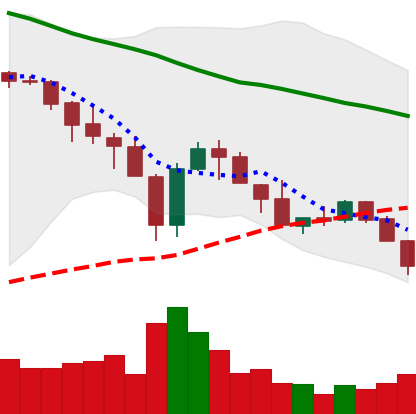
Ticker: XLM-USD
Chart end date: 2018-05-23
Forward return: -9.55%
Label: down_7plus